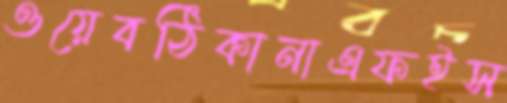
ওয়েবঠিকানাএফইস